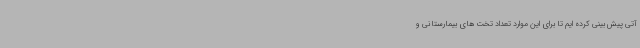
آتی پیش بینی کرده ایم تا برای این موارد تعداد تخت های بیمارستانی و